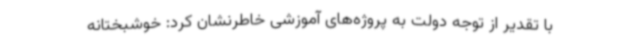
با تقدیر از توجه دولت به پروژه‌های آموزشی خاطرنشان کرد: خوشبختانه